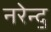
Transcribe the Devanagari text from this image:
नरेन्द॒